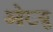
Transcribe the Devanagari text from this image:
ओख्यु